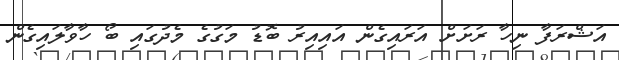
އަޝްރަފާ ނިހާ ރަށަށް އަރައިގެން އައިއިރު ބޮޑު މަގުގެ މެދުގައި ބޯ ހާވާލައިގެން